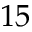
{ 1 5 }